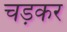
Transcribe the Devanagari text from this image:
चड़कर